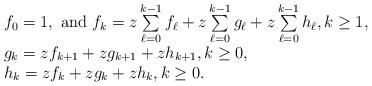
LaTeX: \begin{align*}\begin{array}{l}f_0=1,\mbox{ and } f_k=z\sum\limits_{\ell=0}^{k-1} f_\ell+z\sum\limits_{\ell=0}^{k-1} g_\ell +z\sum\limits_{\ell=0}^{k-1} h_\ell, k\geq 1,\\g_k=z f_{k+1}+zg_{k+1}+zh_{k+1},k\geq 0,\\h_k=zf_k+zg_k+zh_k,k\geq 0.\\\end{array}\end{align*}